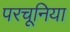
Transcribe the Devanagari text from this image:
परचूनिया